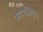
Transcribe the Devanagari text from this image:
सत्यसिद्ध